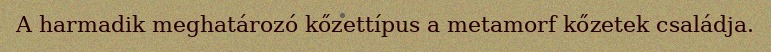
A harmadik meghatározó kőzettípus a metamorf kőzetek családja.